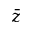
\bar { z }